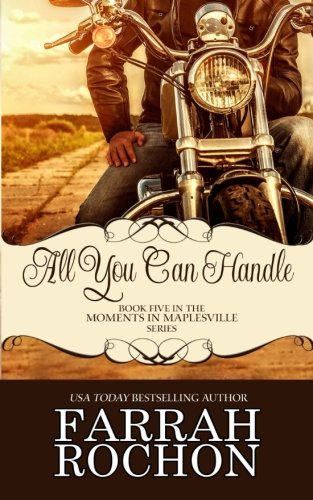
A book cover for All You Can Handle (Moments In Maplesville) (Volume 5); Farrah Rochon; Romance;